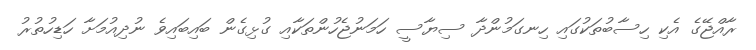
ރާއްޖޭގެ އެކި ހިސާބުތަކުގައި ހިނގަމުންދާ ސިޔާސީ ހަމަނުޖެހުންތަކާއި ގުޅިގެން ބައިބައިވެ ނުދިއުމަށާ ހަޑިހުތުރު